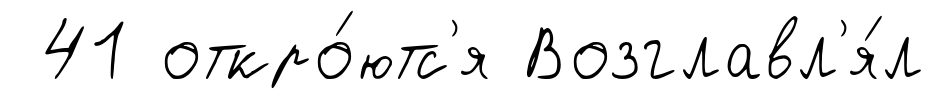
41 откро́ютс'я Возглавл'я́л